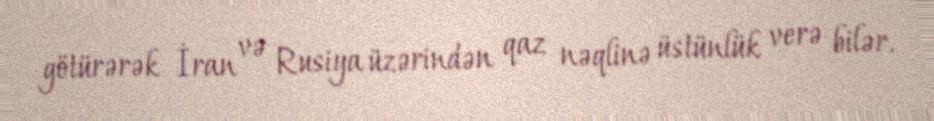
götürərək İran və Rusiya üzərindən qaz nəqlinə üstünlük verə bilər.